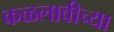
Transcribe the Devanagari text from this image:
कळलावीच्या